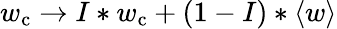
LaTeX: w_{\mathrm{c}}\rightarrow I*w_{\mathrm{c}}+(1-I)*\langle w\rangle